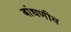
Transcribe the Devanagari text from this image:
बांधणीव